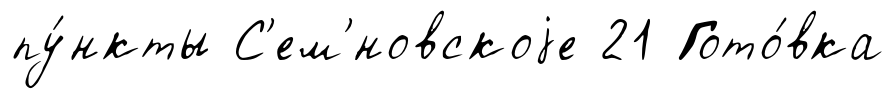
пу́нкты С'ем'́новскоjе 21 Гото́вка